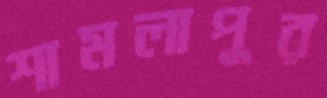
শামলাপুর